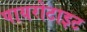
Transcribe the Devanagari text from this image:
पायरोटाइट